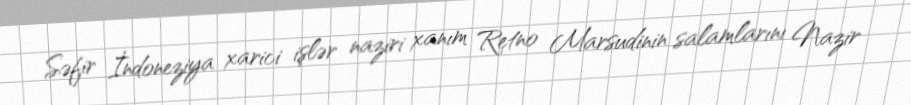
Səfir İndoneziya xarici işlər naziri xanım Retno Marsudinin salamlarını Nazir